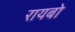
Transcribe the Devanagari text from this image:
रायबो